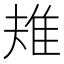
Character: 𨾚